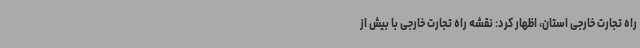
راه تجارت خارجی استان، اظهار کرد: نقشه ‌راه تجارت خارجی با بیش از